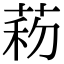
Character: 菞